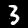
Label: 3